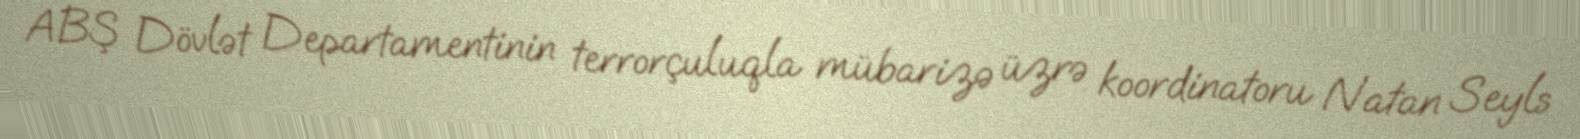
ABŞ Dövlət Departamentinin terrorçuluqla mübarizə üzrə koordinatoru Natan Seyls